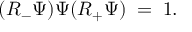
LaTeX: ( R _ { - } \Psi ) \Psi ( R _ { + } \Psi ) \; = \; 1 .